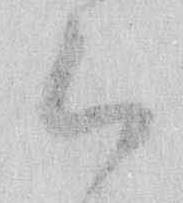
候